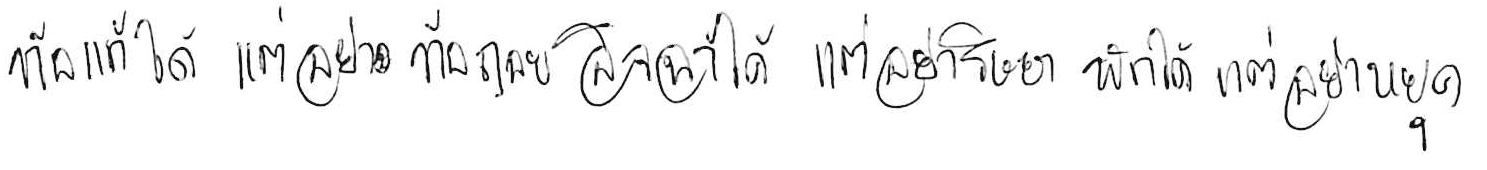
ท้อแท้ได้ แต่อย่าท้อถอย อิจฉาได้ แต่อย่าริษยา พักได้ แต่อย่าหยุด